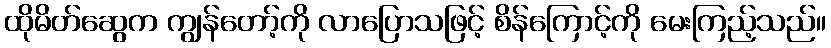
ထိုမိတ်ဆွေက ကျွန်တော့်ကို လာပြောသဖြင့် စိန်ကြောင့်ကို မေးကြည့်သည်။